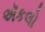
ઍકલો